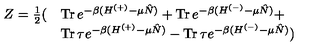
\begin{array} { l l } { Z = \frac { 1 } { 2 } ( } & { \mathrm { T r \thinspace } e ^ { - \beta ( H ^ { ( + ) } - \mu \hat { N } ) } + \mathrm { T r \thinspace } e ^ { - \beta ( H ^ { ( - ) } - \mu \hat { N } ) } + } \\ { } & { \mathrm { T r \thinspace } \tau e ^ { - \beta ( H ^ { ( + ) } - \mu \hat { N } ) } - \mathrm { T r \thinspace } \tau e ^ { - \beta ( H ^ { ( - ) } - \mu \hat { N } ) } ) } \\ \end{array}